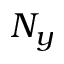
N _ { y }